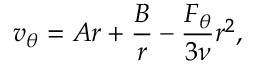
v _ { \theta } = A r + \frac { B } { r } - \frac { F _ { \theta } } { 3 \nu } r ^ { 2 } ,